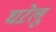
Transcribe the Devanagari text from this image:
घऱेलू